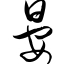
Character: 晏